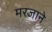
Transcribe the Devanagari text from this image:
मरजाने